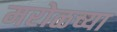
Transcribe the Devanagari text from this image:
मरोळच्या